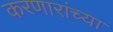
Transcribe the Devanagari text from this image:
करणारांच्या